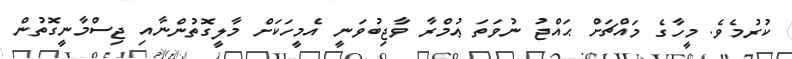
ކުރުމެވެ. މީހާގެ މައްޗަށް ޙައްޖު ނުވަތަ ޢުމްރާ ވާޖިބުވަނީ އެމީހަކަށް މާލީގޮތުންނާއި ޖިސްމާނީގޮތުން